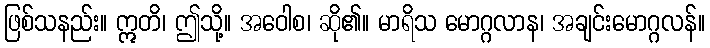
ဖြစ်သနည်း။ ဣတိ၊ ဤသို့။ အဝေါစ၊ ဆို၏။ မာရိသ မောဂ္ဂလာန၊ အချင်းမောဂ္ဂလန်။